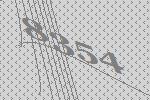
8354